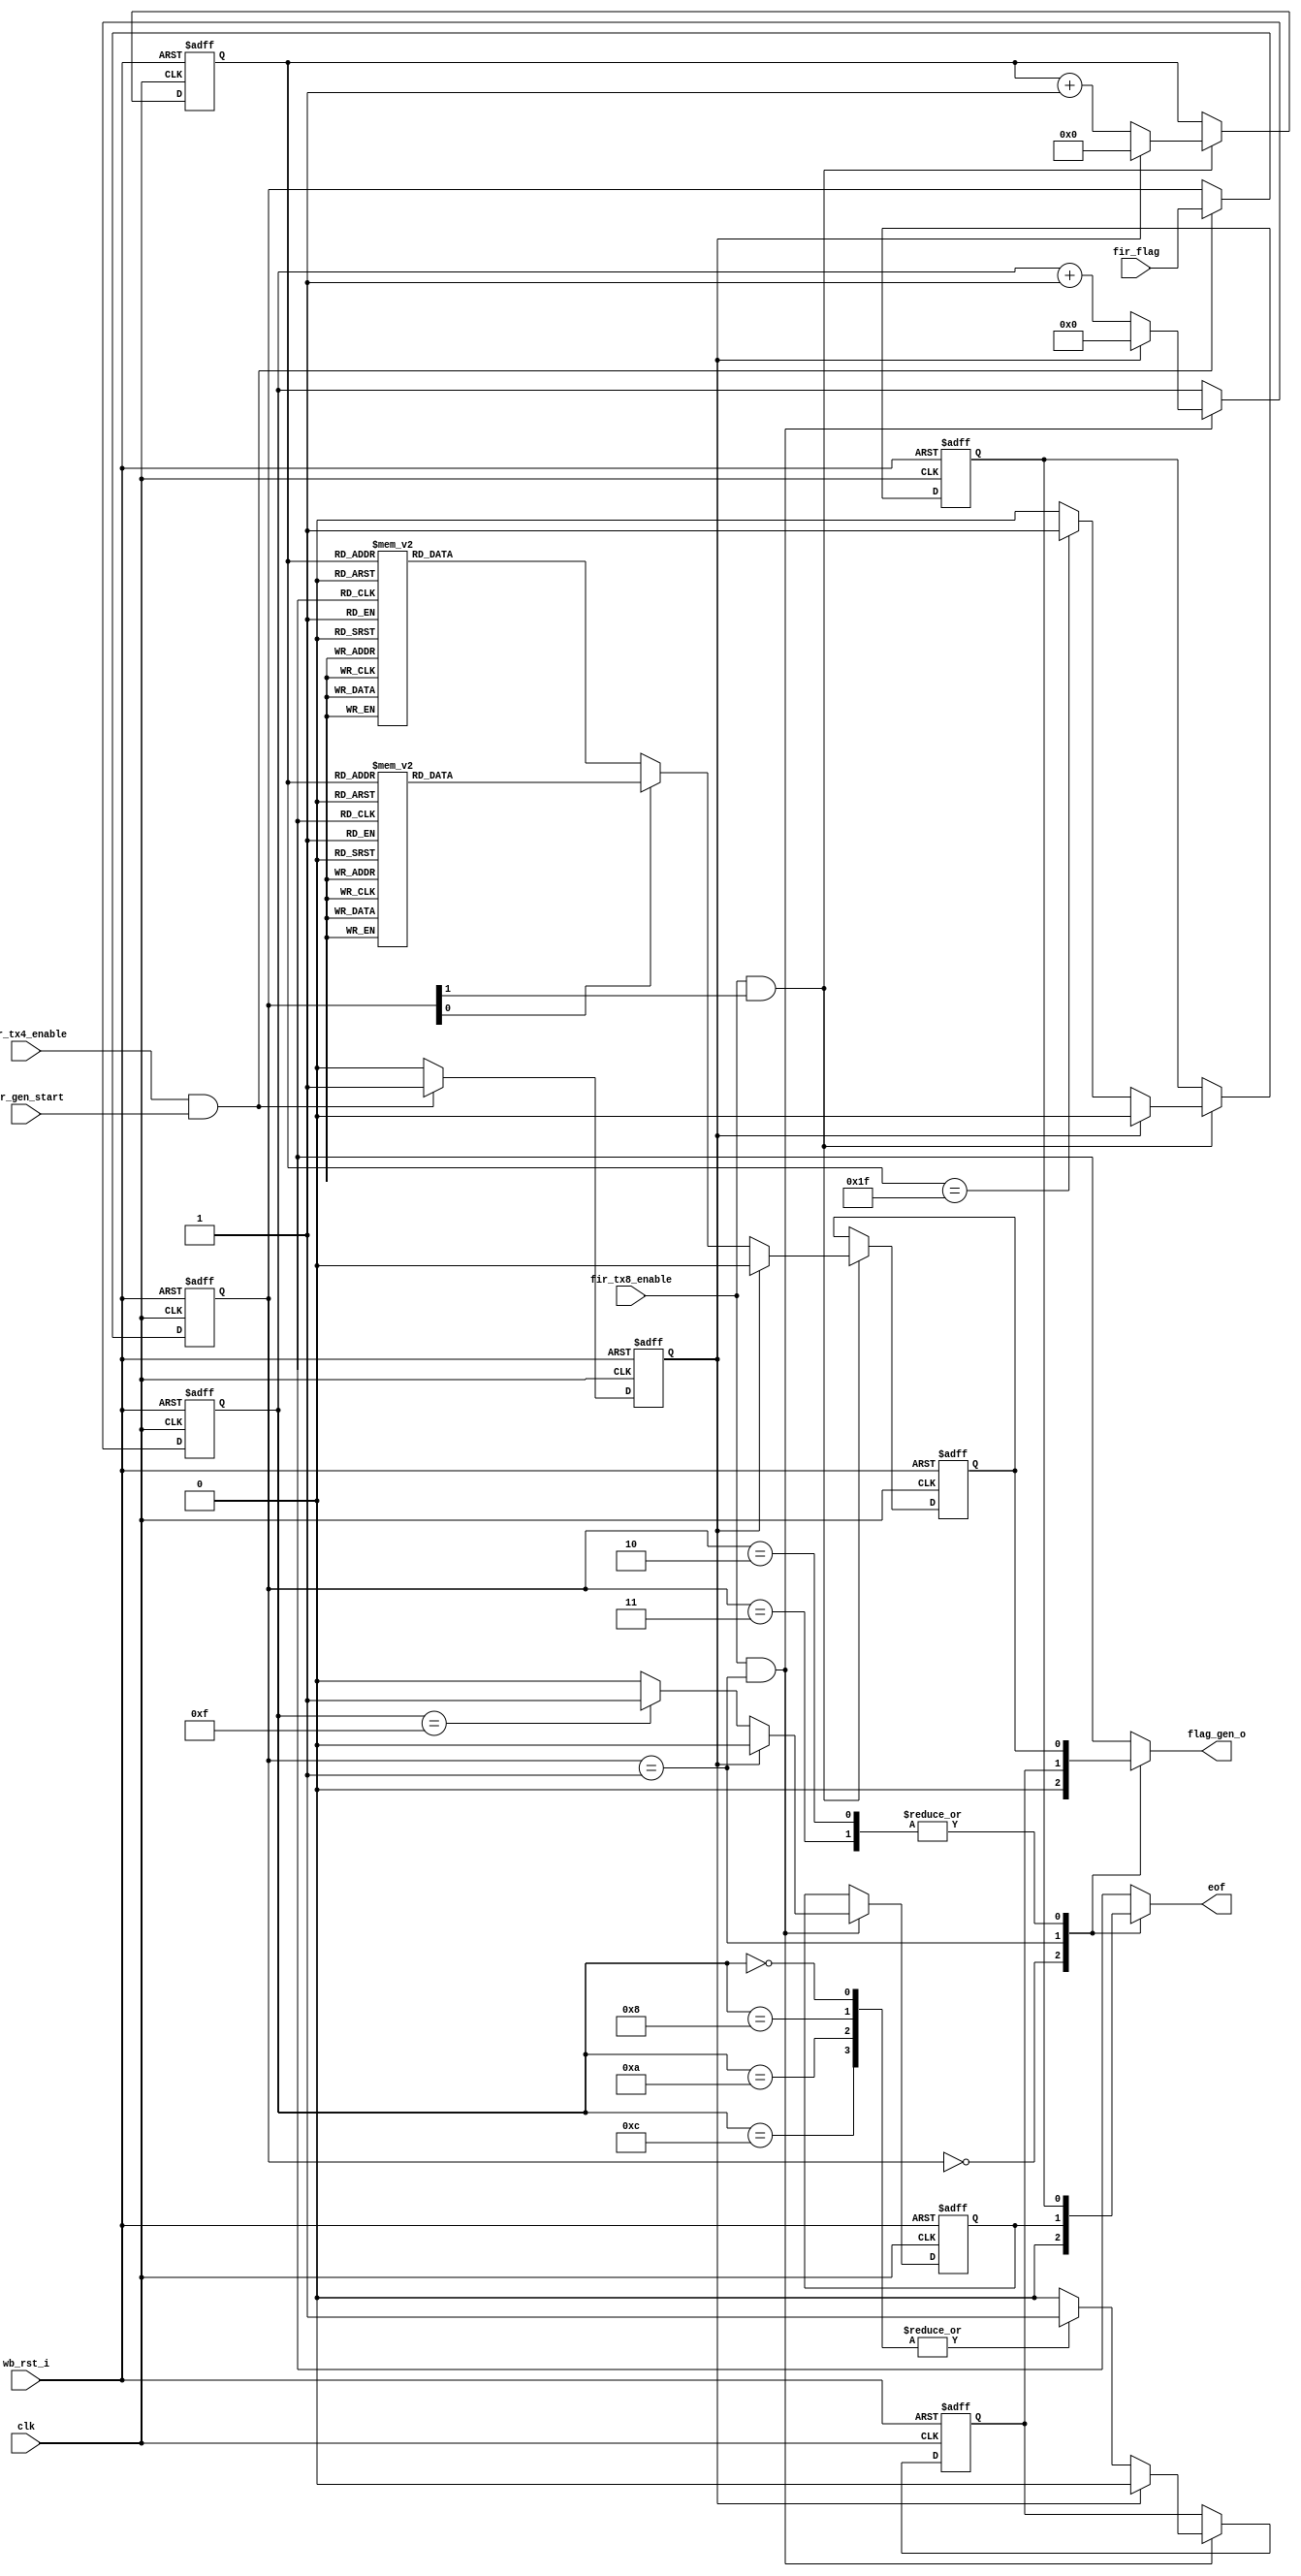
module irda_fir_flag_gen (clk, wb_rst_i, fir_tx4_enable, fir_tx8_enable, fir_gen_start, fir_flag, flag_gen_o, eof);
// generates PA/STA/STO flags
// fir_flag == 00 => 0 constant
// fir_flag == 01 => PA
// fir_flag == 10 => STA
// fir_flag == 11 => STO

input			clk;
input			wb_rst_i;
input			fir_tx8_enable;
input			fir_tx4_enable;
input			fir_gen_start;
input [1:0]	fir_flag;

output		flag_gen_o;
output		eof;  // end of flag signal

// mux outputs (not from flip flop)
reg			flag_gen_o;
reg			eof;

// internal registers
wire	[1:0]	fir_flag;
reg	[1:0]	flag;  // current flag
reg			start; // start flag

// internal signals logic
always @(posedge clk or posedge wb_rst_i)
begin
	if (wb_rst_i) begin
		flag <= #1 2'b00;
		start <= #1 0;
	end else if (fir_tx4_enable && fir_gen_start) begin
		flag <= #1 fir_flag;
		start <= #1 1;
	end
	else
		start <= #1 0;
end

// PA flag logic
reg	pa;
reg	[3:0] pa_count16;
reg	[3:0] pa_symbol_count;
reg	pa_end;

always @(posedge clk or posedge wb_rst_i)
begin
	if (wb_rst_i) begin
		pa <= #1 0;
		pa_count16 <= #1 0;
		pa_symbol_count <= #1 0;
		pa_end <= #1 0;
	end else begin
		if (fir_tx8_enable && ( flag == 2'b01) )
			if (start) begin
				pa <= #1 0;
				pa_count16 <= #1 0;
				pa_symbol_count <= #1 0;				
				pa_end <= #1 0;
			end else begin
				case (pa_symbol_count)
					0,8,10,12 : pa <= #1 1;
					default : pa <= #1 0;
				endcase
				if (pa_symbol_count == 15)
					pa_end <= #1 1;
				else
					pa_end <= #1 0;
				pa_symbol_count <= pa_symbol_count + 1;
			end
	end
end

// STx flags logic
reg	st;
reg	[4:0] st_symbol_count;
reg	st_end;

always @(posedge clk or posedge wb_rst_i)
begin
	if (wb_rst_i) begin
		st <= #1 0;
		st_symbol_count <= #1 0;
		st_end <= #1 0;
	end else begin
		if (fir_tx8_enable && ( flag[1] == 1'b1) ) // STA or STO
			if (start) begin
				st <= #1 0;
				st_symbol_count <= #1 0;				
				st_end <= #1 0;
			end else begin
				if (flag[0] == 1'b0)  // STA
					case (st_symbol_count)
						4,5,12,13,17,18,25,26 : st <= #1 1;
						default : st <= #1 0;
					endcase
				else // STO
					case (st_symbol_count)
						4,5,12,13,21,22,29,30 : st <= #1 1;
						default : st <= #1 0;
					endcase
				if (st_symbol_count == 31)
					st_end <= #1 1;
				else
					st_end <= #1 0;
				st_symbol_count <= st_symbol_count + 1;
			end
	end
end

// flag generator stream output
always @(flag or st or pa)
	case (flag)
		2'b00 : flag_gen_o = 0;
		2'b01 : flag_gen_o = pa;
		2'b10,
		2'b11 : flag_gen_o = st;
	endcase

// flag generator end of flag output
always @(flag or st_end or pa_end)
	case (flag)
		2'b00 : eof = 0;
		2'b01 : eof = pa_end;
		2'b10,
		2'b11 : eof = st_end;
	endcase

endmodule